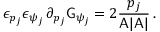
\epsilon _ { p _ { j } } \epsilon _ { \psi _ { j } } \, \partial _ { p _ { j } } \mathsf { G } _ { \psi _ { j } } = 2 \frac { p _ { j } } { \mathsf { A } | \mathsf { A } | } \, .